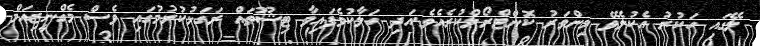
ލޭގައި ހަކުރު އެކުލެވޭ މިންވަރު ކޮންޓްރޯލްކުރެއެވެ.އަދި ހަލާކުވެފައިވާ ޓިޝޫތައް ރަގަޅުކުރުމުގައި ވެސް މެގްނީޒިއަމް